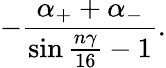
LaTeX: -\frac{\alpha_{+}+\alpha_{-}}{\sin{\frac{n\gamma}{16}}-1}.